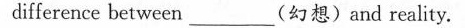
difference between ___ (幻想) and reality.